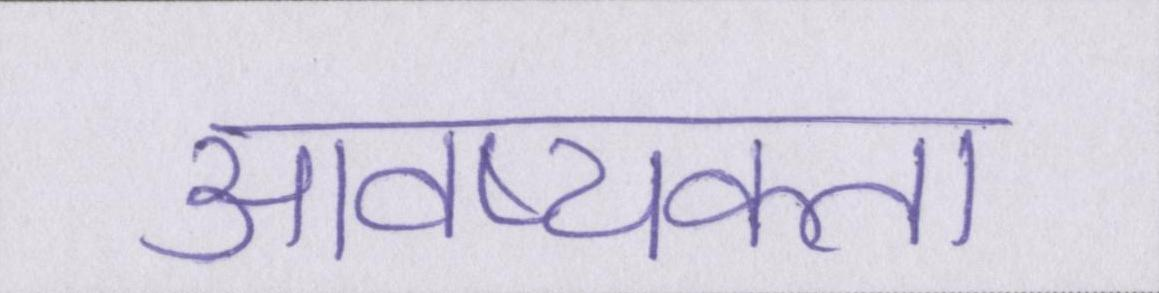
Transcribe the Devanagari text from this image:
आवष्यकता